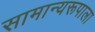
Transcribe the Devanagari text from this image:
सामान्यरूपाला